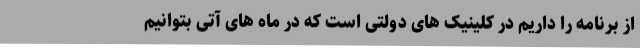
از برنامه را داریم در کلینیک های دولتی است که در ماه های آتی بتوانیم